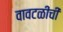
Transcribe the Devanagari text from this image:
वावटळीची